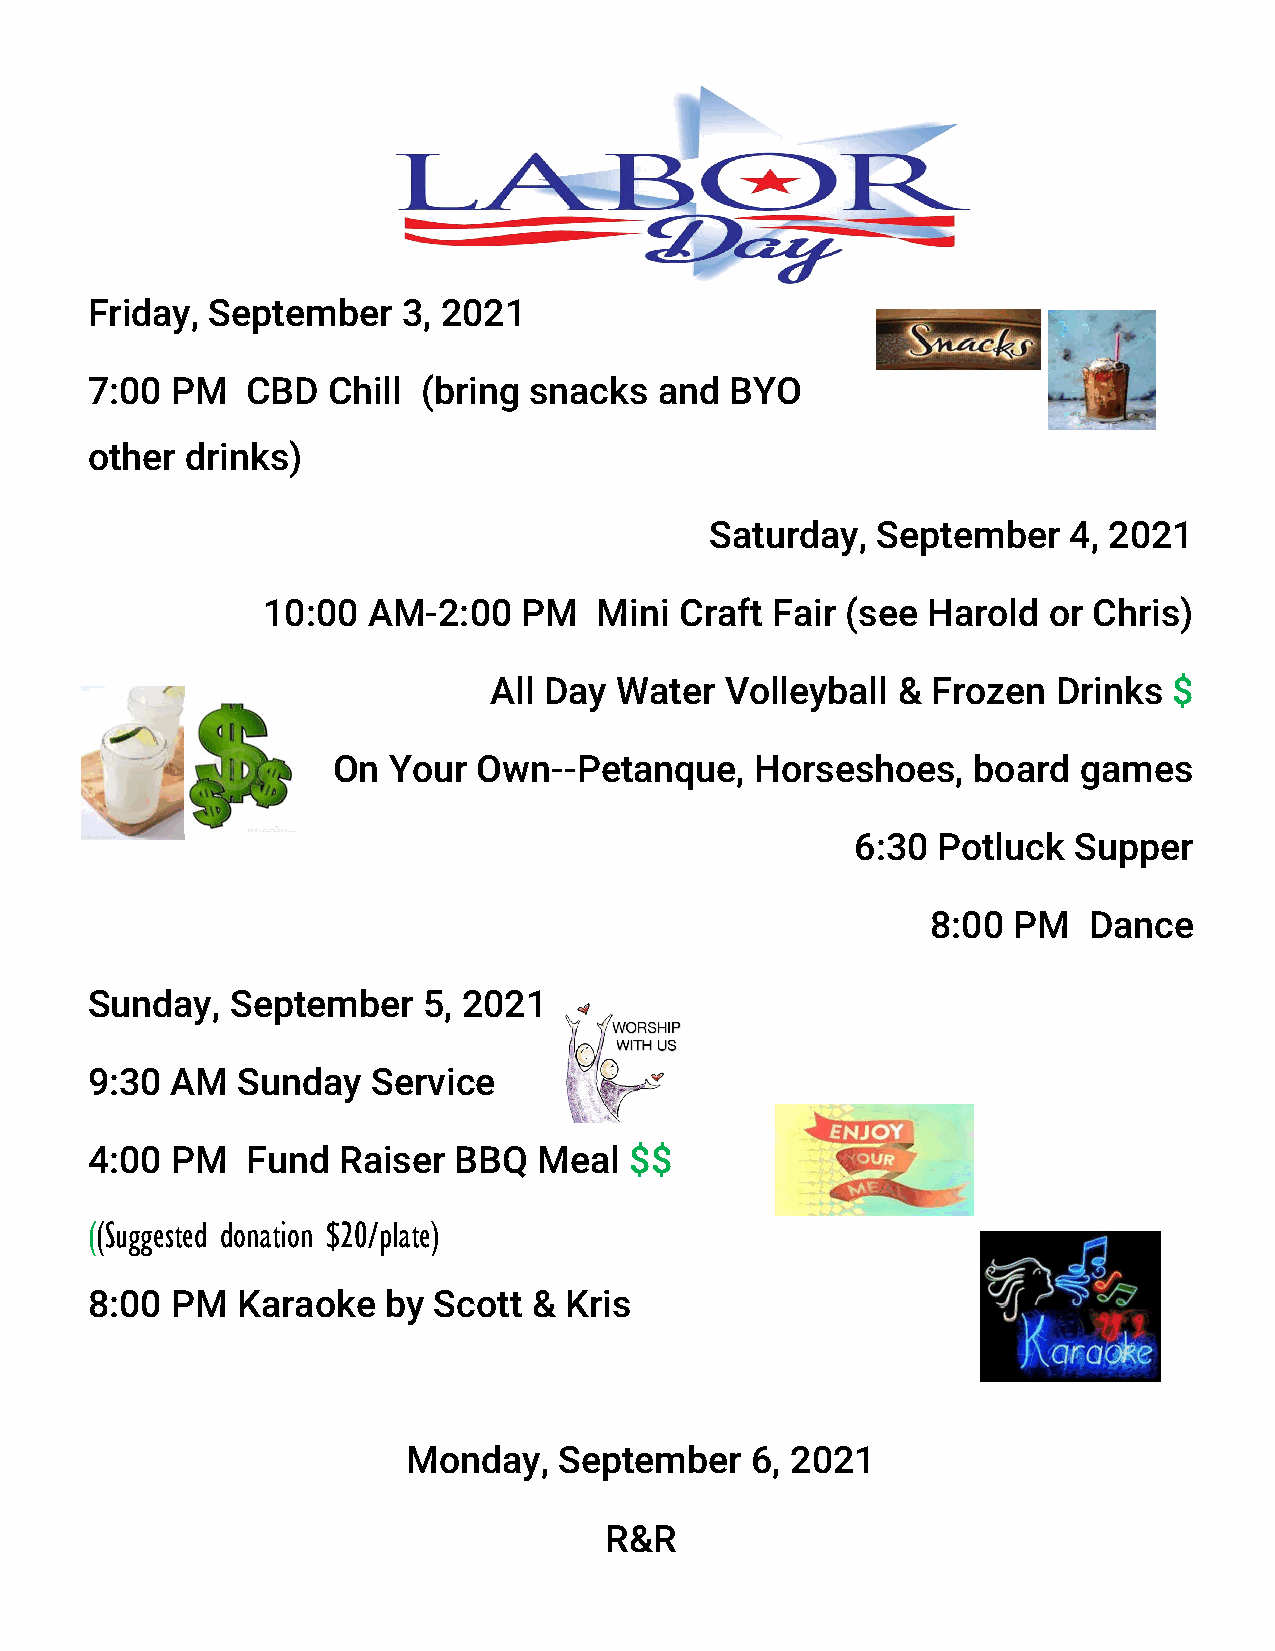
Friday, September    3, 2021
 7:00 PM   CBD   Chill (bring snacks   and BYO
 other drinks)
 Saturday,  September    4, 2021
 10:00  AM-2:00    PM   Mini Craft Fair (see Harold  or Chris)
 All Day  Water  Volleyball &  Frozen  Drinks  $
 On  Your  Own--Petanque,    Horseshoes,   board   games
 6:30 Potluck  Supper
 8:00 PM   Dance
 Sunday,  September    5, 2021
 9:30 AM   Sunday   Service
 4:00 PM   Fund  Raiser  BBQ   Meal  $$
 ((Suggested donation $20/plate)
 8:00 PM   Karaoke  by  Scott & Kris
 Monday,   September    6, 2021
 R&R